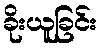
ခိုးယူခြင်း